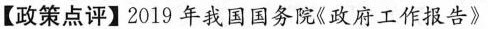
【政策点评】2019年我国国务院《政府工作报告》